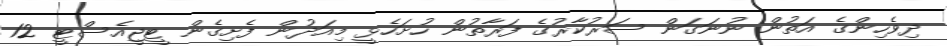
ދިވެހިންގެ އަތުން ނުނަގަން ސަރުކާރުގެ ފަރާތުން ހުށަހެޅީ މިއަދުން ފެށިގެން ޓީޖީއެސްޓީ 12